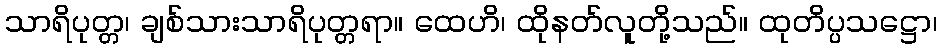
သာရိပုတ္တ၊ ချစ်သားသာရိပုတ္တရာ။ ထေဟိ၊ ထိုနတ်လူတို့သည်။ ထုတိပ္ပသဋ္ဌော၊